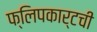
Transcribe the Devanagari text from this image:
फ्लिपकार्टची